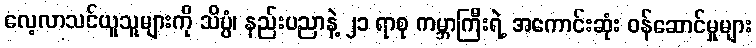
လေ့လာသင်ယူသူများကို သိပ္ပံ၊ နည်းပညာနဲ့ ၂၁ ရာစု ကမ္ဘာကြီးရဲ့ အကောင်းဆုံး ဝန်ဆောင်မှုများ